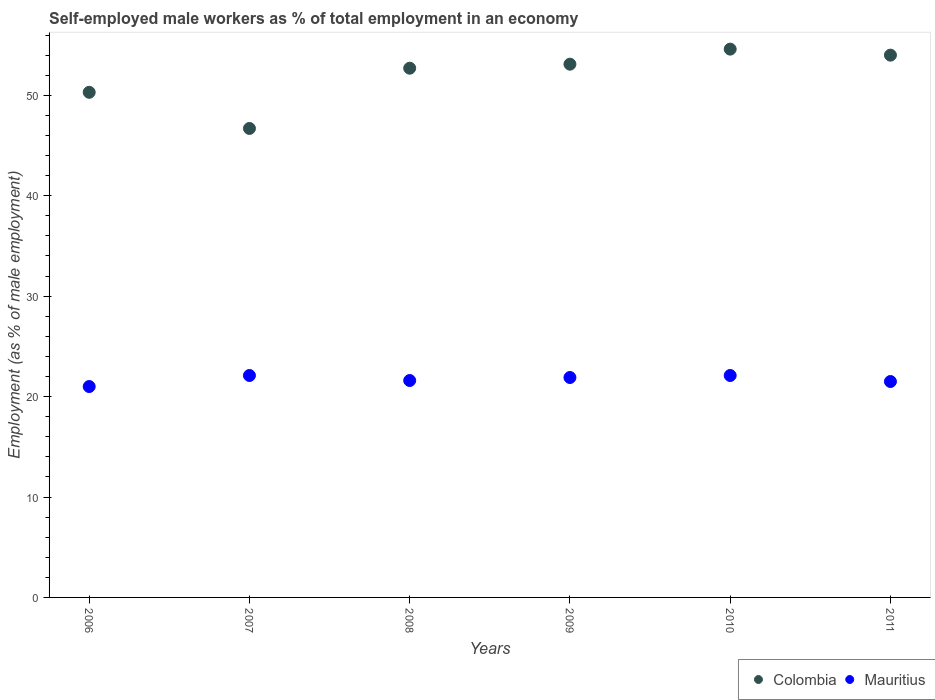
| Years | Colombia | Mauritius |
 | --- | --- | --- |
 | 2006 | 50.3 | 21 |
 | 2007 | 46.7 | 22.1 |
 | 2008 | 52.7 | 21.6 |
 | 2009 | 53.1 | 21.9 |
 | 2010 | 54.6 | 22.1 |
 | 2011 | 54 | 21.5 |